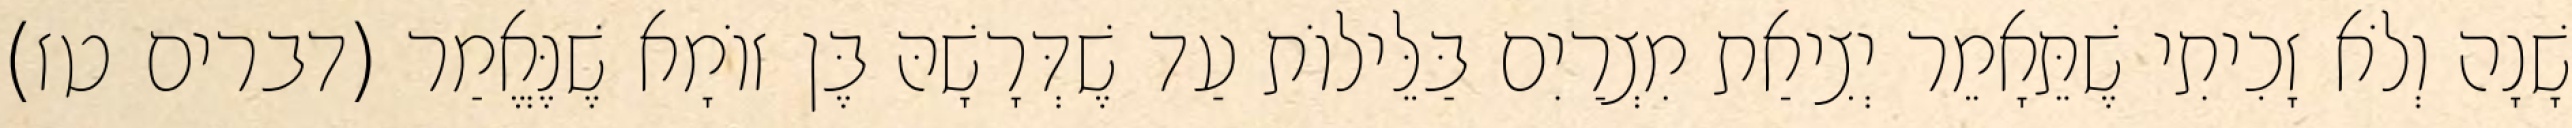
שָׁנָה וְלֹא זָכִיתִי שֶׁתֵּאָמֵר יְצִיאַת מִצְרַיִם בַּלֵּילוֹת עַד שֶׁדְּרָשָׁהּ בֶּן זוֹמָא שֶׁנֶּאֱמַר (דברים טז)